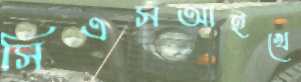
সিএসআইখে